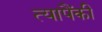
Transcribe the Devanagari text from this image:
त्यापैंकी